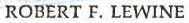
ROBERT F. LEWINE